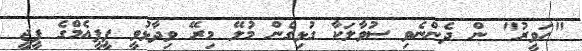
"ހަވީރު" ން ދެންނެވި ސުވާލަކާ ގުޅިގެން މުލޭ މިރޭ ވިދާޅުވީ ޕީޕީއެމްގެ ޕީޖީ